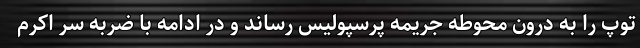
توپ را به درون محوطه جریمه پرسپولیس رساند و در ادامه با ضربه سر اکرم